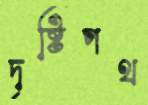
দৃষ্টিপথ